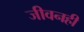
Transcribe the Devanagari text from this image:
जीवनही